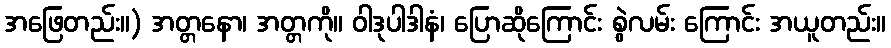
အဖြေတည်း။) အတ္တနော၊ အတ္တကို။ ဝါဒုပါဒါနံ၊ ပြောဆိုကြောင်း စွဲလမ်း ကြောင်း အယူတည်း။